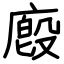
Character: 廏